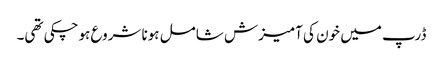
ڈرپ میں خون کی آمیزش شامل ہونا شروع ہوچکی تھی۔